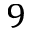
9